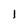
Character: 1